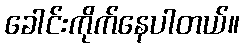
ခေါင်းကိုက်နေပါတယ်။